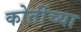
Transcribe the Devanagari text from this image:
कोतींच्या